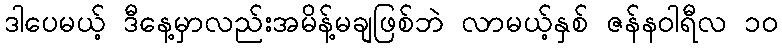
ဒါပေမယ့် ဒီနေ့မှာလည်းအမိန့်မချဖြစ်ဘဲ လာမယ့်နှစ် ဇန်နဝါရီလ ၁၀